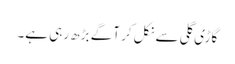
گاڑی گلی سے نکل کر آگے بڑھ رہی ہے۔